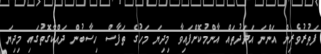
ފަތުރުވެރިން އަންނަ އަދަދުތައް އާންމުކޮށްފައިވާ މިދިޔަ މަހުގެ ތަފާސް ހިސާބުން ދައްކާގޮތުގައި މިދިޔަ